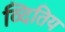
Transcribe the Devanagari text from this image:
व्दितिय